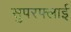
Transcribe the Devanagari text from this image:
सुपरफ्लाई